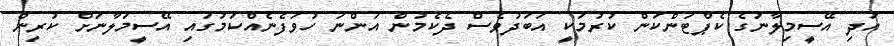
އަދި އޭސީމިލާނުގެ ކެޕްޓަންކަން ކުރުމަކީ އަބަދުވެސް ދެކެމުން އަންނަ ހުވަފެނެއްކަމުގައި އޭސީމަލާނަށް ކުރިން